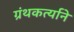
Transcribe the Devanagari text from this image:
ग्रंथकर्त्याने